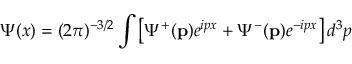
\Psi ( x ) = ( 2 \pi ) ^ { - 3 / 2 } \int \left[ \Psi ^ { + } ( \mathbf { p } ) e ^ { i p x } + \Psi ^ { - } ( \mathbf { p } ) e ^ { - i p x } \right] d ^ { 3 } p